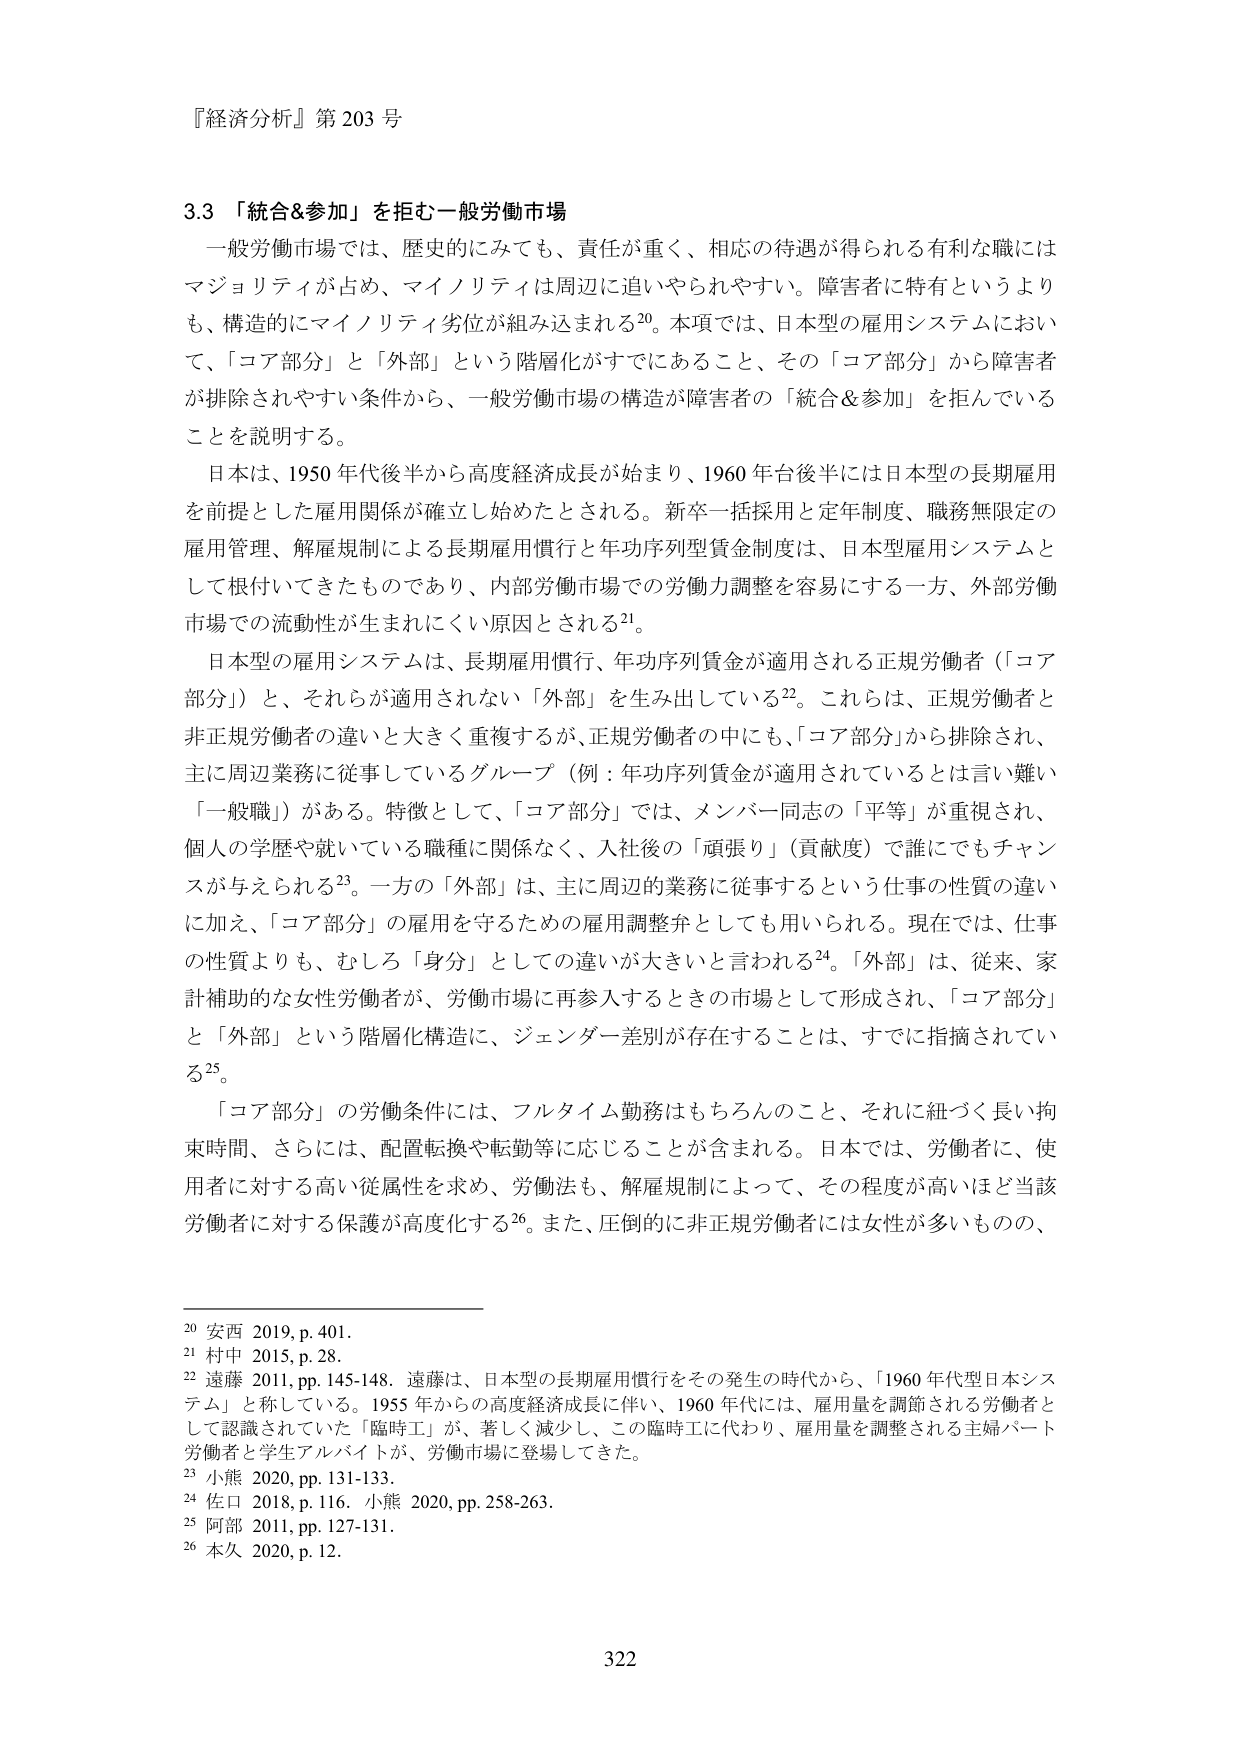
『経済分析』第203号

3.3 「統合&参加」を拒む一般労働市場

一般労働市場では、歴史的にみても、責任が重く、相応の待遇が得られる有利な職にはマジョリティが占め、マイノリティは周辺に追いやられやすい。障害者に特有というよりも、構造的にマイノリティ劣位が組み込まれる20。本項では、日本型の雇用システムにおいて、「コア部分」と「外部」という階層化がすでににあること、その「コア部分」から障害者が排除されやすい条件から、一般労働市場の構造が障害者の「統合&参加」を拒んでいることを説明する。

日本は、1950年代後半から高度経済成長が始まり、1960年台後半には日本型の長期雇用を前提とした雇用関係が確立し始めたとされる。新卒一括採用と定年制度、職務無限定の雇用管理、解雇規制による長期雇用慣行と年功序列型賃金制度は、日本型雇用システムとして根付いてきたものであり、内部労働市場での労働力調整を容易にする一方、外部労働市場での流動性が生まれにくい原因とされる21。

日本型の雇用システムは、長期雇用慣行、年功序列賃金が適用される正規労働者（「コア部分」）と、それらが適用されない「外部」を生み出している22。これらは、正規労働者と非正規労働者の違いと大きく重複するが、正規労働者の中にも、「コア部分」から排除され、主に周辺業務に従事しているグループ（例：年功序列賃金が適用されているとは言い難い「一般職」）がある。特徴として、「コア部分」では、メンバー同志の「平等」が重視され、個人の学歴や就いている職種に関係なく、入社後の「頑張り」（貢献度）で誰にでもチャンスが与えられる23。一方の「外部」は、主に周辺的業務に従事するという仕事の性質の違いに加え、「コア部分」の雇用を守るための雇用調整弁としても用いられる。現在では、仕事の性質よりも、むしろ「身分」としての違いが大きいと言われる24。「外部」は、従来、家計補助的な女性労働者が、労働市場に再参入するときの市場として形成され、「コア部分」と「外部」という階層化構造に、ジェンダー差別が存在することは、すでに指摘されている25。

「コア部分」の労働条件には、フルタイム勤務はもちろんのこと、それに紐づく長い拘束時間、さらには、配置転換や転勤等に応じることが含まれる。日本では、労働者に、使用者に対する高い従属性を求め、労働法も、解雇規制によって、その程度が高いほど当該労働者に対する保護が高度化する26。また、圧倒的に非正規労働者には女性が多いものの、

20 安西 2019, p. 401.
21 村中 2015, p. 28.
22 遠藤 2011, pp. 145-148. 遠藤は、日本型の長期雇用慣行をその発生の時代から、「1960年代型日本システム」と称している。1955年からの高度経済成長に伴い、1960年代には、雇用量を調節される労働者として認識されていた「臨時工」が、著しく減少し、この臨時工に代わり、雇用量を調整される主婦パート労働者と学生アルバイトが、労働市場に登場してきた。
23 小熊 2020, pp. 131-133.
24 佐口 2018, p. 116. 小熊 2020, pp. 258-263.
25 阿部 2011, pp. 127-131.
26 本久 2020, p. 12.

322